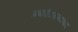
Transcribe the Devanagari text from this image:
प्रभारीअहमदाबाद